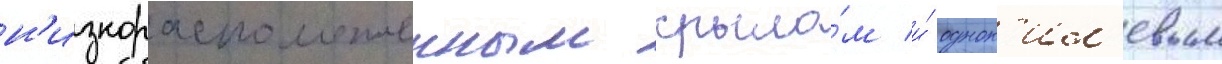
н'изкорасположенным крыло́м и́ однок'ил'евым